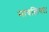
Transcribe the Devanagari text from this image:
मावलिया।